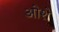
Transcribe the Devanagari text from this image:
ओशे